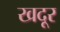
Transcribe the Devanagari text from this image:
खदूर